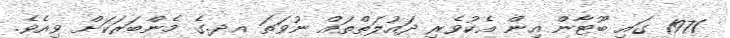
1971 ގައި ބޫޓާން އިން އެކުވެރި ދައުލަތްތައް ނުވަތަ އދ.ގެ މެންބަރަކަށް ވިއެވެ.